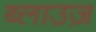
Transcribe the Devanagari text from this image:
ब्लाउज़